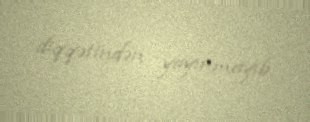
diqqətindən yayınmayıb.